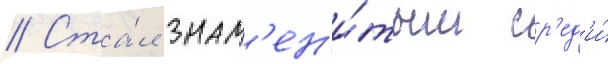
// Ста́л знам'ен'и́тым ср'ед'и́